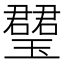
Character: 𤪡